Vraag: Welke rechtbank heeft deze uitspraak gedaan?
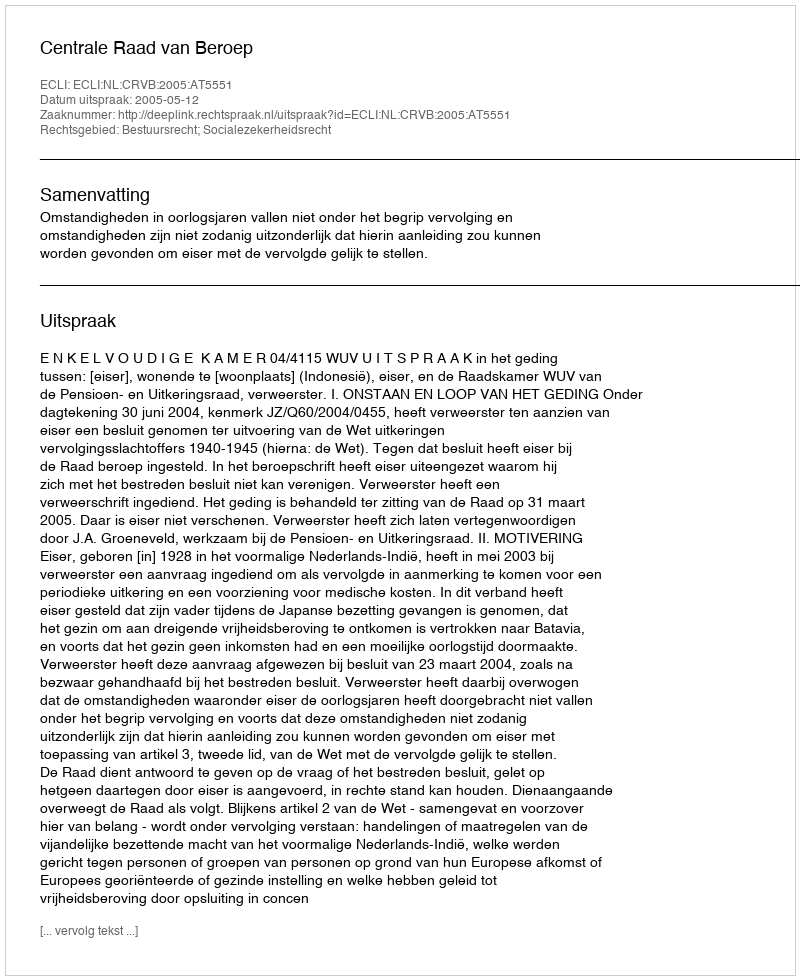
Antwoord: Centrale Raad van Beroep